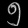
Digit: ၅